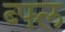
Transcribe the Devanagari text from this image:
ब्फ्ल